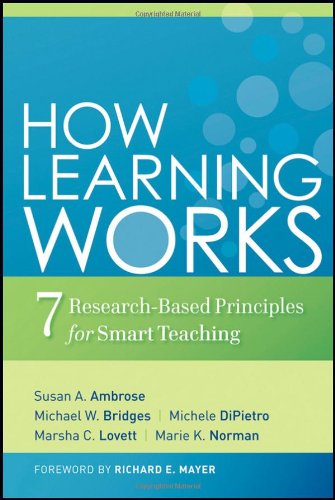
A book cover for How Learning Works: Seven Research-Based Principles for Smart Teaching; Susan A. Ambrose; Education & Teaching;